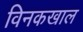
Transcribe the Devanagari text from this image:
विनकखाल